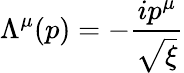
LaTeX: \Lambda^{\mu}(p)=-{\frac{ip^{\mu}}{\sqrt{\xi}}}